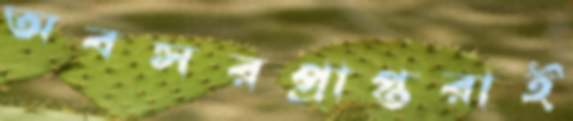
অবসরপ্রাপ্তরাই